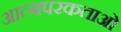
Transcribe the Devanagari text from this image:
आत्मपरकताओं